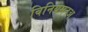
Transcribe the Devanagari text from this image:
विनियमनअ